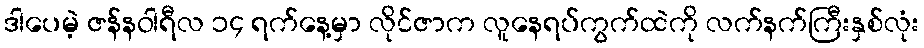
ဒါပေမဲ့ ဇန်နဝါရီလ ၁၄ ရက်နေ့မှာ လိုင်ဇာက လူနေရပ်ကွက်ထဲကို လက်နက်ကြီးနှစ်လုံး